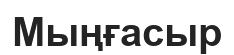
Мыңғасыр